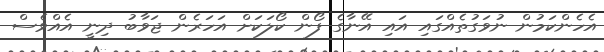
އެހެންކަމުން ނުވަގުތެއްގައި އައި އޭނާގެ ފޯން ކޯލަކަށް އަހަރެން ޖަވާބު ދިނީ އެއްވެސް